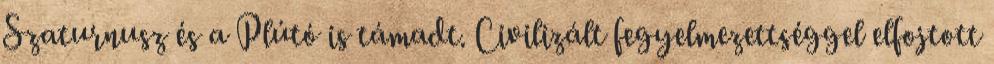
Szaturnusz és a Plútó is támadt. Civilizált fegyelmezettséggel elfojtott